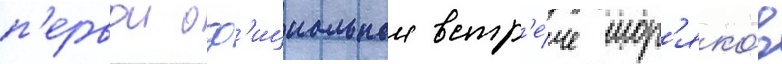
п'ервои оф'ициальнои встр'е́че мор'яко́в